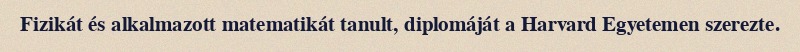
Fizikát és alkalmazott matematikát tanult, diplomáját a Harvard Egyetemen szerezte.